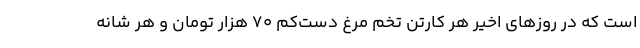
است که در روزهای اخیر هر کارتن تخم مرغ دست‌کم ۷۰ هزار تومان و هر شانه